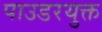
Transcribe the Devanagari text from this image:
पाउडरयुक्त